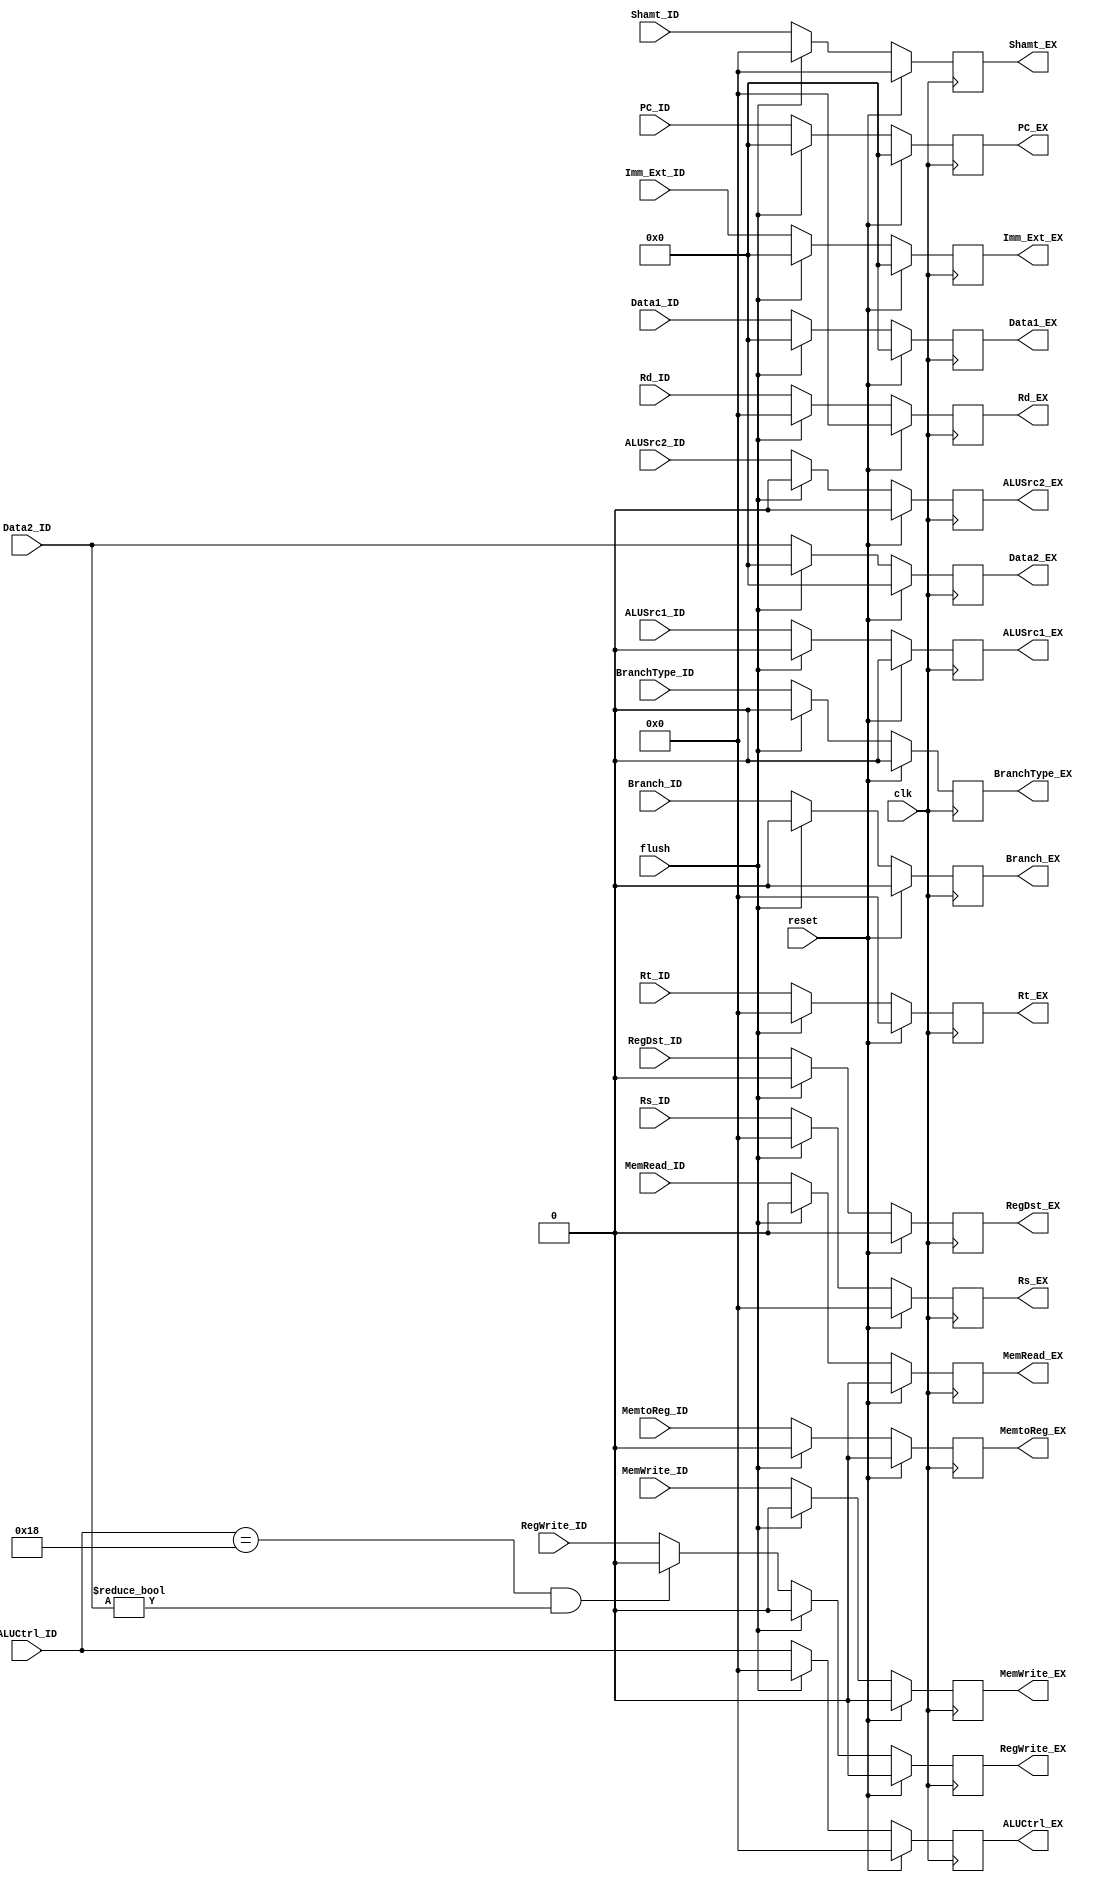
module ID_EX(
    input clk,
    input reset,
    input flush,

	input Branch_ID,
	input RegWrite_ID,
	input RegDst_ID,
	input MemRead_ID,
	input MemWrite_ID,
	input MemtoReg_ID,
	input ALUSrc1_ID,
	input ALUSrc2_ID,
    input [4:0] ALUCtrl_ID,
    input [31:0] Data1_ID,
    input [31:0] Data2_ID,
    input [4:0] Rs_ID,
    input [4:0] Rt_ID,
    input [4:0] Rd_ID,
    input [31:0] Imm_Ext_ID,    
    input [4:0] Shamt_ID,
    input [31:0] PC_ID,
    input BranchType_ID,

    output reg Branch_EX,
    output reg RegWrite_EX,
    output reg RegDst_EX,
    output reg MemRead_EX,
    output reg MemWrite_EX,
    output reg MemtoReg_EX,
    output reg ALUSrc1_EX,
    output reg ALUSrc2_EX,
    output reg [4:0] ALUCtrl_EX,
    output reg [31:0] PC_EX,
    output reg [31:0] Data1_EX,
    output reg [31:0] Data2_EX,
    output reg [4:0] Rs_EX,
    output reg [4:0] Rt_EX,
    output reg [4:0] Rd_EX,
    output reg [31:0] Imm_Ext_EX,
    output reg [4:0] Shamt_EX,
    output reg BranchType_EX
);

    always @(posedge clk)
    begin
        if (reset)
        begin
            Branch_EX <= 0;
            RegWrite_EX <= 0;
            RegDst_EX <= 0;
            MemRead_EX <= 0;
            MemWrite_EX <= 0;
            MemtoReg_EX <= 0;
            ALUSrc1_EX <= 0;
            ALUSrc2_EX <= 0;
            ALUCtrl_EX <= 0;
            PC_EX <= 0;
            Data1_EX <= 0;
            Data2_EX <= 0;
            Rs_EX <= 0;
            Rt_EX <= 0;
            Rd_EX <= 0;
            Imm_Ext_EX <= 0;
            Shamt_EX <= 0;
            BranchType_EX <= 0;
        end
        else if (flush)
        begin
            Branch_EX <= 0;
            RegWrite_EX <= 0;
            RegDst_EX <= 0;
            MemRead_EX <= 0;
            MemWrite_EX <= 0;
            MemtoReg_EX <= 0;
            ALUSrc1_EX <= 0;
            ALUSrc2_EX <= 0;
            ALUCtrl_EX <= 0;
            PC_EX <= 0;
            Data1_EX <= 0;
            Data2_EX <= 0;
            Rs_EX <= 0;
            Rt_EX <= 0;
            Rd_EX <= 0;
            Imm_Ext_EX <= 0;
            Shamt_EX <= 0;
            BranchType_EX <= 0;
        end
        else begin
            Branch_EX <= Branch_ID;
            // RegWrite_EX <= RegWrite_ID;
            //   MOVZ  Data2_ID 0 EX 
            if (ALUCtrl_ID == 5'b11000 && Data2_ID != 0) begin
                RegWrite_EX <= 0;
            end
            else begin
                RegWrite_EX <= RegWrite_ID;
            end
            RegDst_EX <= RegDst_ID;
            MemRead_EX <= MemRead_ID;
            MemWrite_EX <= MemWrite_ID;
            MemtoReg_EX <= MemtoReg_ID;
            ALUSrc1_EX <= ALUSrc1_ID;
            ALUSrc2_EX <= ALUSrc2_ID;
            ALUCtrl_EX <= ALUCtrl_ID;
            PC_EX <= PC_ID;
            Data1_EX <= Data1_ID;
            Data2_EX <= Data2_ID;
            Rs_EX <= Rs_ID;
            Rt_EX <= Rt_ID;
            Rd_EX <= Rd_ID;
            Imm_Ext_EX <= Imm_Ext_ID;
            Shamt_EX <= Shamt_ID;
            BranchType_EX <= BranchType_ID;
        end
    end

endmodule